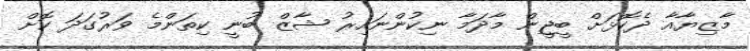
މާޒިޔާއާ ދެކޮޅަށް ބީޖީން މާދަމާ ނިކުންނައިރު ޝާޒް ބުނީ ކިތަންމެ ވަރުގަދަ ކޮށް